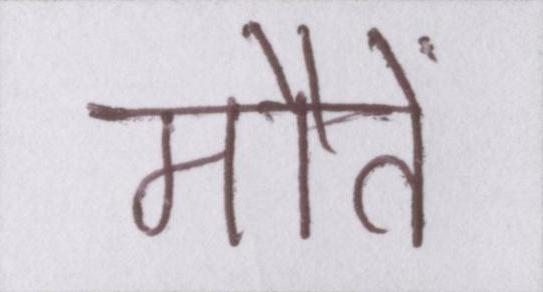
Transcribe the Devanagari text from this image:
मौतें